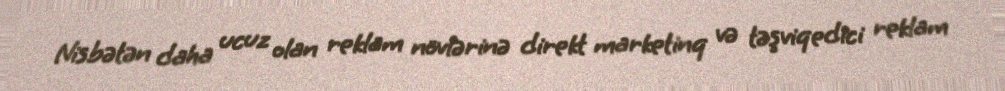
Nisbətən daha ucuz olan reklam növlərinə direkt marketinq və təşviqedici reklam